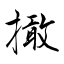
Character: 撖